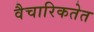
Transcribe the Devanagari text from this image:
वैचारिकतेत